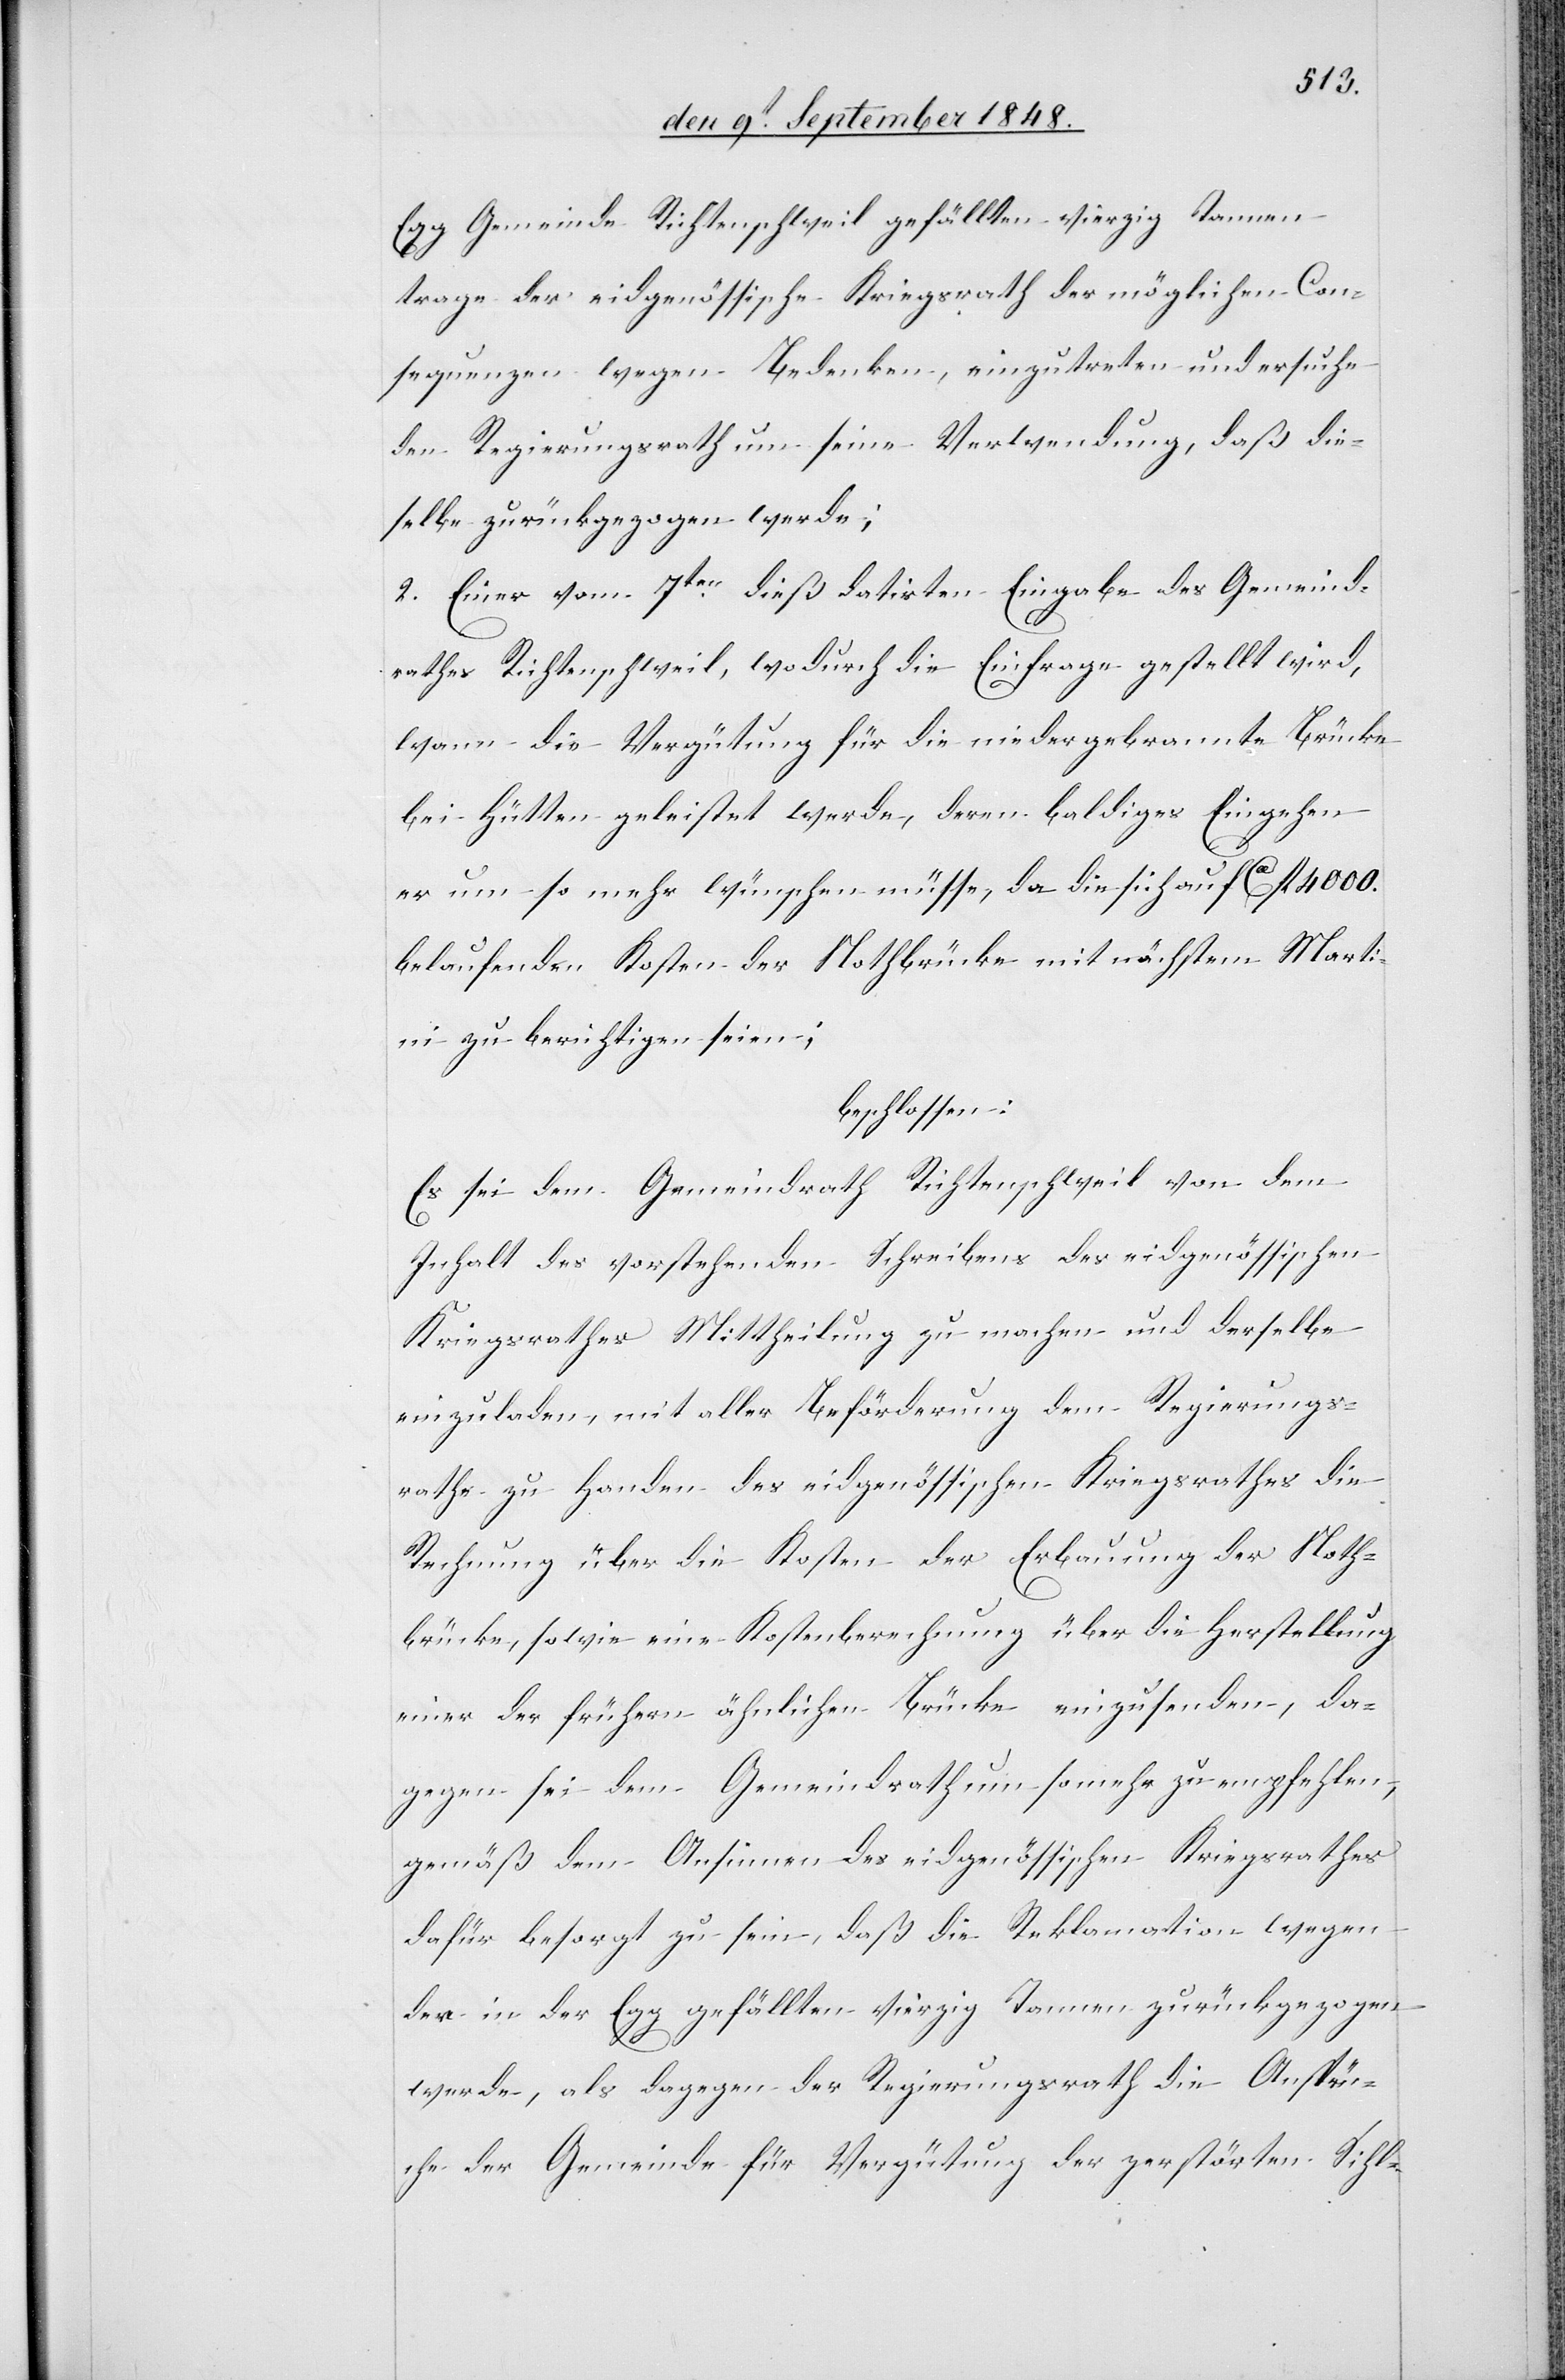
Egg Gemeinde Richtenschweil gefällten vierzig Tannen
trage der eidgenössische Kriegsrath der möglichen Con¬
sequenzen wegen Bedenken, einzutreten und ersuche
den Regierungsrath um seine Verwendung, daß die¬
selbe zurückgezogen werde;
2. Einer vom 7ten dieß datirten Eingabe des Gemeind¬
rathes Richtenschweil, wodurch die Einfrage gestellt wird,
wann die Vergütung für die niedergebrannte Brücke
bei Hütten geleistet werde, deren baldiges Eingehen
er um so mehr wünschen müsse, da die sich auf ca. fl. 4000.
belaufenden Kosten der Nothbrücke mit nächstem Marti¬
ni zu berichtigen seien.
beschlossen:
Es sei dem Gemeindrath Richtenschweil von dem
Inhalt des vorstehenden Schreibens des eidgenössischen
Kriegsrathes Mittheilung zu machen und derselbe
einzuladen, mit aller Beförderung dem Regierungs¬
rathe zu Handen des eidgenössischen Kriegsrathes die
Rechnung über die Kosten der Erbauung der Noth¬
brücke, sowie eine Kostenberechnung über die Herstellung
einer der frühern ähnlichen Brücke einzusenden, da¬
gegen sei dem Gemeindrath um so mehr zu empfehlen,
gemäß dem Ansinnen des eidgenössischen Kreisschreibens
dafür besorgt zu sein, daß die Reklamation wegen
der in der Egg gefällten vierzig Tannen zurückgezogen
werde, als dagegen der Regierungsrath die Ansprü¬
che der Gemeinde für Vergütung der zerstörten Sihl-